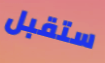
ستقبل